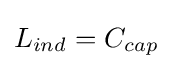
L_{ind}=C_{cap}